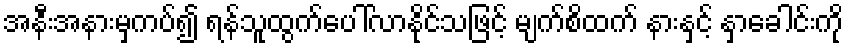
အနီးအနားမှကပ်၍ ရန်သူထွက်ပေါ်လာနိုင်သဖြင့် မျက်စိထက် နားနှင့် နှာခေါင်းကို